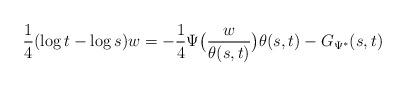
LaTeX: \begin{align*}\frac14(\log t-\log s)w &= -\frac14\Psi\big(\frac{w}{\theta(s,t)}\big)\theta(s,t) - G_{\Psi^{*}}(s,t)\end{align*}